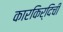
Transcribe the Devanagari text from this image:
कारकिर्दिची